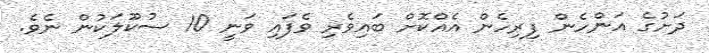
ދަށުގެ އަންހެން ފިރިހެން އެއްކޮށް ބައިވެރި ވެފައި ވަނީ 10 ސުކޫލަކުން ނެވެ.